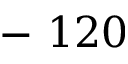
- ~ 1 2 0